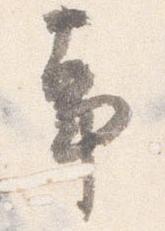
事